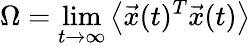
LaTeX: \Omega=\operatorname*{lim}_{t\rightarrow\infty}\left\langle\vec{x}(t)^{T}\vec{x}(t)\right\rangle